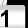
Digit: 1